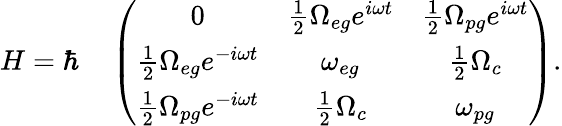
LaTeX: H=\hbar\quad\left(\begin{array}{ccc}{0}&{\frac{1}{2}\Omega_{eg}e^{i\omega t}}&{\frac{1}{2}\Omega_{pg}e^{i\omega t}}\\ {\frac{1}{2}\Omega_{eg}e^{-i\omega t}}&{\omega_{eg}}&{\frac{1}{2}\Omega_{c}}\\ {\frac{1}{2}\Omega_{pg}e^{-i\omega t}}&{\frac{1}{2}\Omega_{c}}&{\omega_{pg}}\end{array}\right).